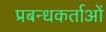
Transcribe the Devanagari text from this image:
प्रबन्धकर्ताओं